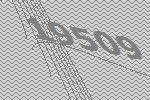
19509